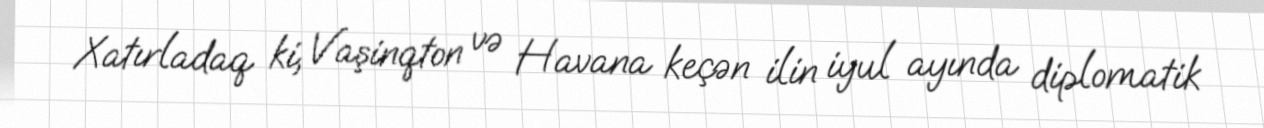
Xatırladaq ki, Vaşinqton və Havana keçən ilin iyul ayında diplomatik